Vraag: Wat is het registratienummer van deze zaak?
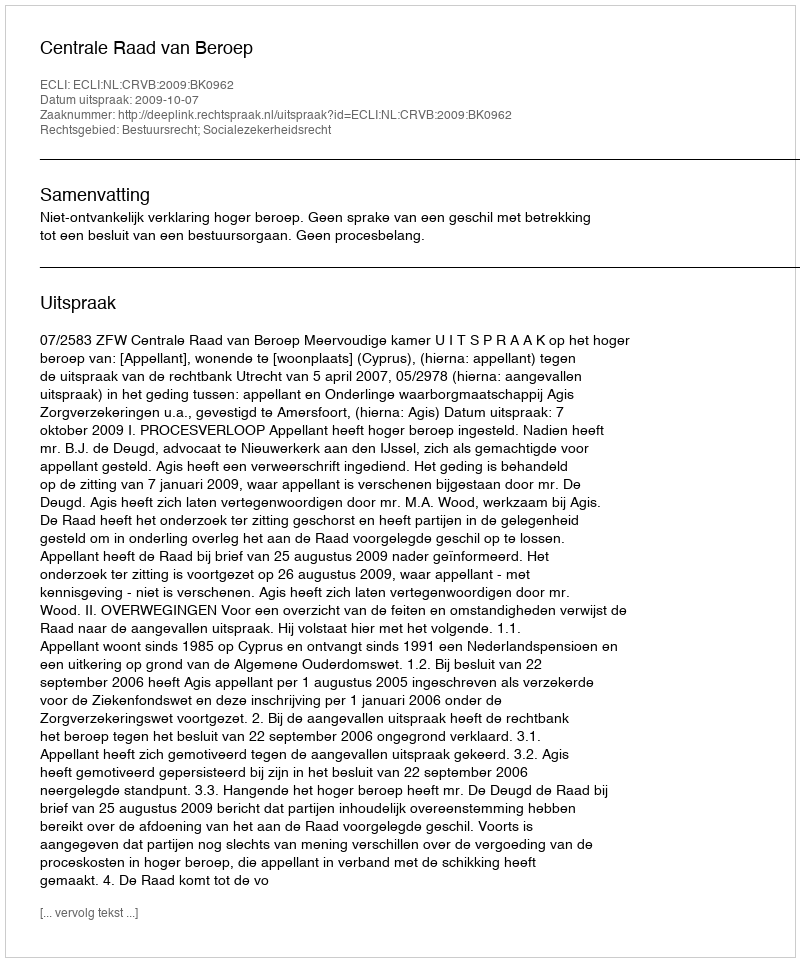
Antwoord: http://deeplink.rechtspraak.nl/uitspraak?id=ECLI:NL:CRVB:2009:BK0962